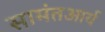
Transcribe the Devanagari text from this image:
सामंतआर्य